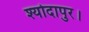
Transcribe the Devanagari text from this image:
श्योदापुर।